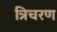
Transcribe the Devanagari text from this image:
त्रिचरण